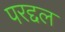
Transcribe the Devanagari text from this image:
परद्दल